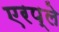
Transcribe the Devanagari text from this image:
एरप्ले